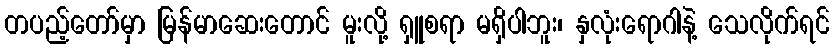
တပည့်တော်မှာ မြန်မာဆေးတောင် မူးလို့ ရှူစရာ မရှိပါဘူး၊ နှလုံးရောဂါနဲ့ သေလိုက်ရင်